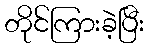
တိုင်ကြားခဲ့ပြီး